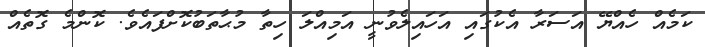
ކަމެއް ހެއްޔޭ އަސަރާ އެކުގައި އަހައިލެވުނީ އަމިއްލަ ހިތާ މުޙާތަބުކޮށްފައެވެ. ކޮންމެ ގޮތެއް